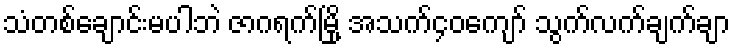
သံတစ်ချောင်းမပါဘဲ ဇာဂရက်မြို့ အသက်၄၀ကျော် သွက်လက်ချက်ချာ